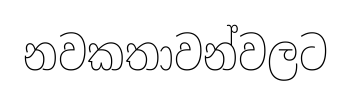
නවකතාවන්වලට